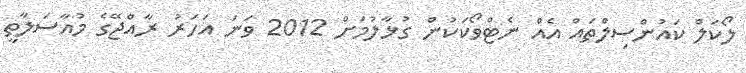
ލޯކަލް ކައުންސިލްތައް އެއް ނެޓްވޯކަކުން ގުޅާލުމަށް 2012 ވަނަ އަހަރު ރާއްޖޭގެ މުއާސަލާތީ